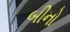
બીનો